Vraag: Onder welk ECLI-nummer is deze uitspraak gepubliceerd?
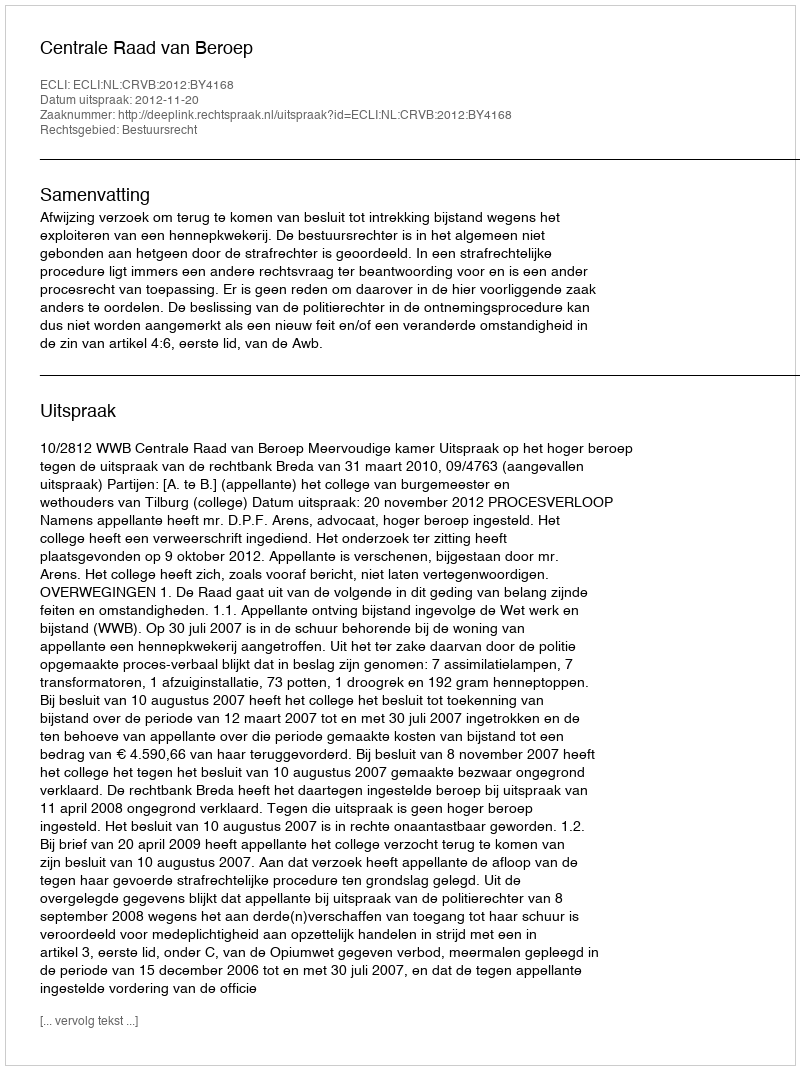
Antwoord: ECLI:NL:CRVB:2012:BY4168